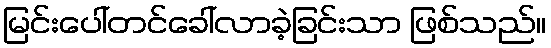
မြင်းပေါ်တင်ခေါ်လာခဲ့ခြင်းသာ ဖြစ်သည်။